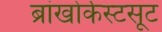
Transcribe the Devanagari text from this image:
ब्रांखोर्कस्टसूट